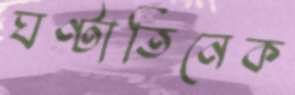
ঘণ্টাতিনেক